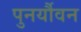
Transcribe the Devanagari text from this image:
पुनर्यौवन